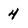
Character: 4